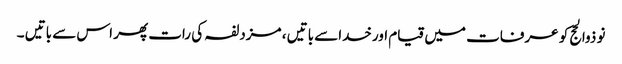
نو ذوالحج کو عرفات میں قیام اورخداسے باتیں ، مزدلفہ کی رات پھر اس سے باتیں ۔